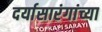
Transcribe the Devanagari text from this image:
दर्यासारंगांच्या